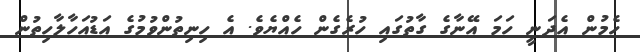
ހެމުން އެދަނީ ހަމަ އޭނާގެ ގާތުގައި ހުރެގެން ހެއްޔެވެ. އެ ހިނިތުންވުމުގެ އަޑުއަހާލާހިތުން